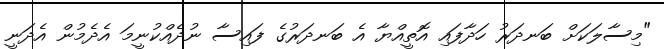
"މިސާލަކަށް ބަނދަރު ހަދާފައި އޮތީއްޔާ އެ ބަނދަރުގެ ފައިސާ ނުދެއްކުނީމަ އެދެމުން އެދަނީ